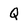
Character: Q